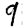
Digit: 9